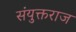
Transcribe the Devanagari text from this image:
संयुक्तराज